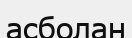
асболан